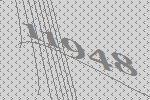
11948